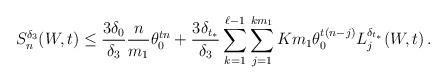
LaTeX: \begin{align*}S_n^{\delta_3}(W,t)\le \frac{3 \delta_0}{\delta_3} \frac{n}{m_1} \theta_0^{t n} + \frac{3 { \delta_{t_*} } }{\delta_3} \sum_{k=1}^{\ell-1} \sum_{j=1}^{km_1} { Km_1 } \theta_0^{t (n -j)} L_j^{\delta_{t_*}}(W,t) \, .\end{align*}